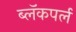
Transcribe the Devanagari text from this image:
ब्लॅकपर्ल